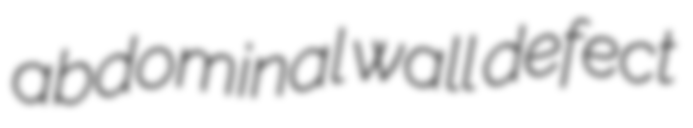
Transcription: abdominal wall defect